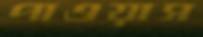
পাওয়াস